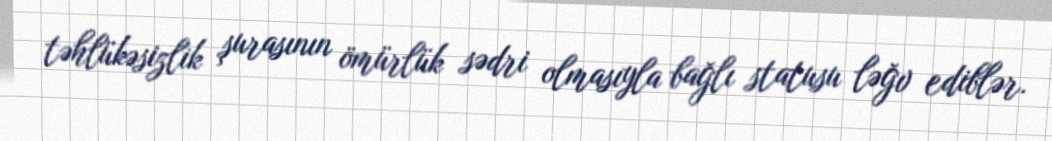
təhlükəsizlik şurasının ömürlük sədri olmasıyla bağlı statusu ləğv ediblər.